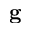
\mathbf { g }